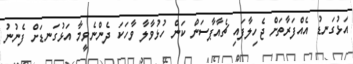
އަޅުގަނޑު އެއްފަރާތަށް ޖެހިލާފައި ޗެއާޕާސަން ކަން ހުޅުވާލާ ވާހަކަ ދެންނެވީމާ އަޅުގަނޑަށް ފެނުނު